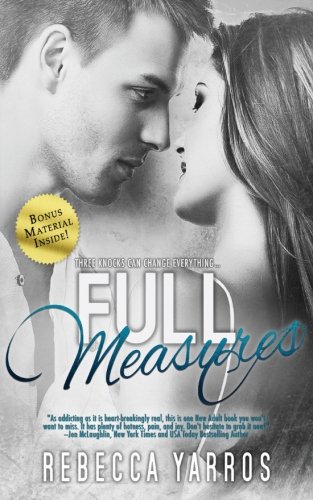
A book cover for Full Measures; Rebecca Yarros; Romance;